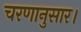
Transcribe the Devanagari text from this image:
चरणानुसार।